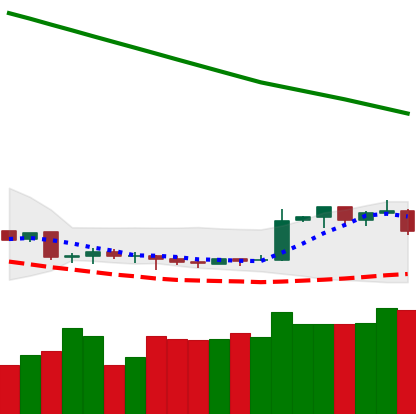
Ticker: XMR-USD
Chart end date: 2019-02-14
Forward return: 11.662%
Label: up_7plus